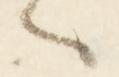
々